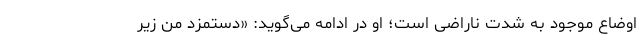
اوضاع موجود به شدت ناراضی است؛ او در ادامه می‌گوید: «دستمزد من زیر